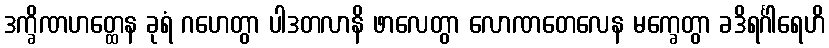
ဒက္ခိဏဟတ္ထေန ခုရံ ဂဟေတွာ ပါဒတလာနိ ဖာလေတွာ လောဏတေလေန မက္ခေတွာ ခဒိရင်္ဂါရေဟိ